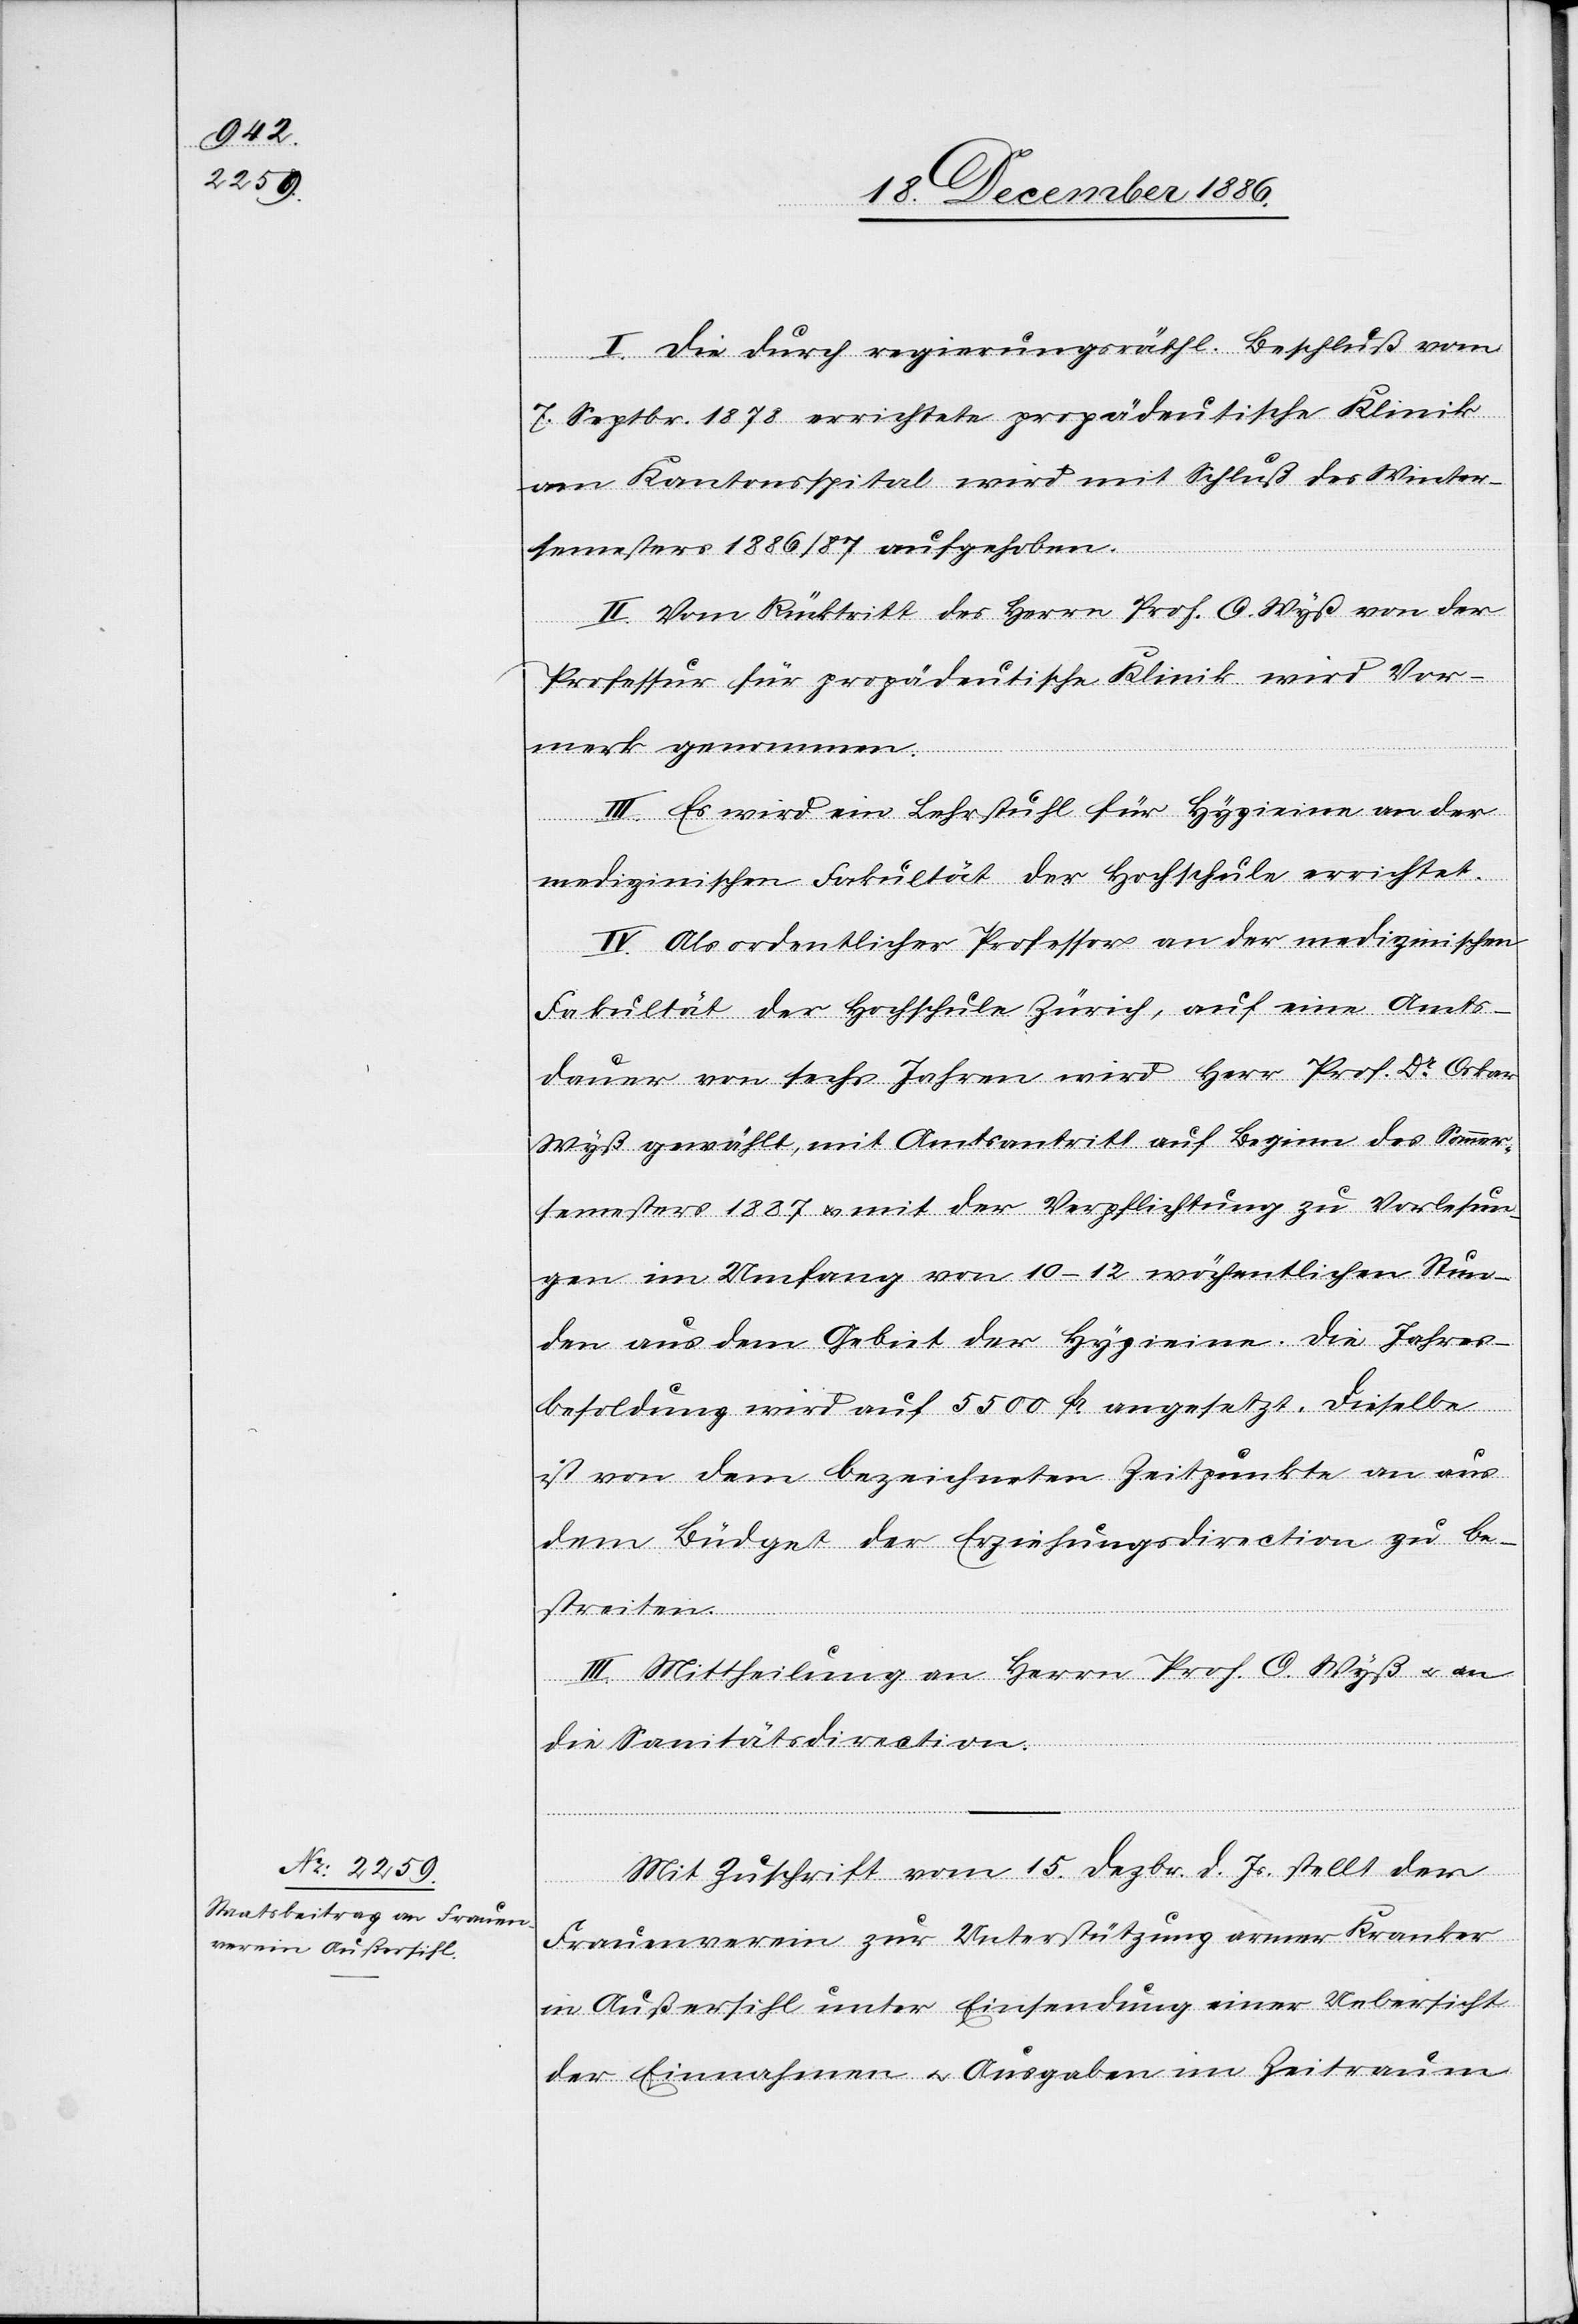
I. Die durch regierungsräthl. Beschluß vom
7. Septbr. 1878 errichtete propädeutische Klinik
am Kantonsspital wird mit Schluß des Winter¬
semesters 1886/87 aufgehoben.
II. Vom Rücktritt des Herrn Prof. O. Wyß von der
Professur für propädeutische Klinik wird Vor¬
merk genommen.
III. Es wird ein Lehrstuhl für Hygieine an der
medizinischen Fakultät der Hochschule errichtet.
IV. Als ordentlicher Professor an der medizinischen
Fakultät der Hochschule Zürich, auf eine Amts¬
dauer von sechs Jahren wird Herr Prof. Dr Oskar
Wyß gewählt, mit Amtsantritt auf Beginn des Sommer¬
semesters 1887 & mit der Verpflichtung zu Vorlesun¬
gen im Umfang von 10–12 wöchentlichen Stun¬
den aus dem Gebiet der Hygieine. Die Jahres¬
besoldung wird auf 5500 Fr. angesetzt. Dieselbe
ist von dem bezeichneten Zeitpunkte an aus
dem Büdget der Erziehungsdirection zu be¬
streiten.
III. Mittheilung an Herrn Prof. O. Wyß & an
die Sanitätsdirection.
Mit Zuschrift vom 15. Dezbr. d. Js. stellt der
Frauenverein zur Unterstützung armer Kranker
in Außersihl unter Einsendung einer Uebersicht
der Einnahmen & Ausgaben im Zeitraum